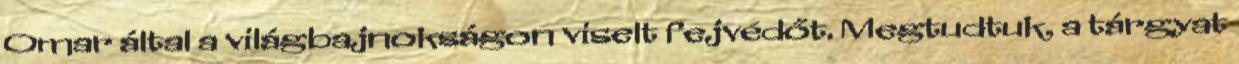
Omar által a világbajnokságon viselt fejvédőt. Megtudtuk, a tárgyat